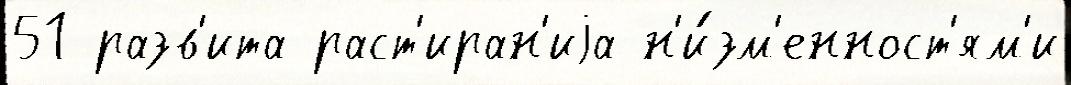
51 разв'ита раст'иран'иjа н'и́зм'енност'ям'и